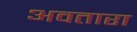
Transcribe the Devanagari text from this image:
अवतारा